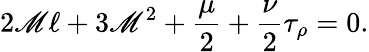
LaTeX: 2\mathscr{M}\ell+3\mathscr{M}^{2}+\frac{{\mu}}{{2}}+\frac{{\nu}}{{2}}\tau_{\rho}=0.